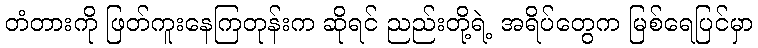
တံတားကို ဖြတ်ကူးနေကြတုန်းက ဆိုရင် ညည်းတို့ရဲ့ အရိပ်တွေက မြစ်ရေပြင်မှာ